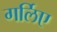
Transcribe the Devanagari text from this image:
गर्लिए